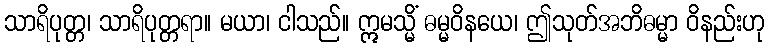
သာရိပုတ္တ၊ သာရိပုတ္တရာ။ မယာ၊ ငါသည်။ ဣမသ္မိံ ဓမ္မဝိနယေ၊ ဤသုတ်အဘိဓမ္မာ ဝိနည်းဟု